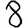
Digit: 8